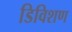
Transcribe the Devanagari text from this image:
डिविशण